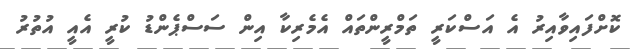
ކޮށްފައިވާއިރު އެ އަސްކަރީ ތަމްރީންތައް އެމެރިކާ އިން ސަސްޕެންޑު ކުރީ އެއީ އުތުރު